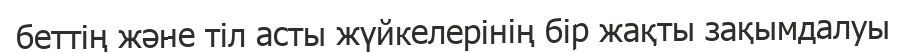
беттің және тіл асты жүйкелерінің бір жақты зақымдалуы